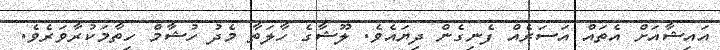
އައިޝާއަށް އެތައް އަސަރެއް ފެނިގެން ދިޔައެވެ. ލޫޝާގެ ހާލަތާ މެދު ހުޝާމް ހިތާމަކުރާވަރެެވެ.